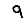
Digit: 9